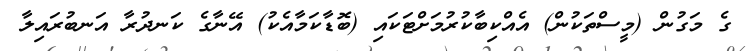
ގެ މަގުން (މީސްތަކުން) އެއްކިބާކުރުމަށްޓަކައި (ބޮޑާކަމާއެކު) އޭނާގެ ކަނދުރާ އަނބުރައިލާ